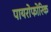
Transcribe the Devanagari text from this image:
पायरोफोरिक